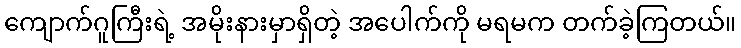
ကျောက်ဂူကြီးရဲ့ အမိုးနားမှာရှိတဲ့ အပေါက်ကို မရမက တက်ခဲ့ကြတယ်။